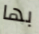
بها